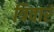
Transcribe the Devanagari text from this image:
त्रिवारं